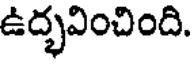
ఉద్భవించింది.